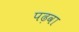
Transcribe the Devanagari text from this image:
पढ़वा